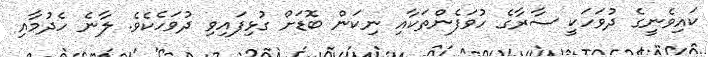
ކައިވެނީގެ ދުވަހަކީ ސާރާގެ ހުވަފެންތަކާއި ނިކަން ބޮޑަށް ގުޅިފައިވި ދުވަހެކެވެ. ލާނެ ހެދުމާއި